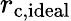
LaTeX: r_{\mathrm{c,ideal}}